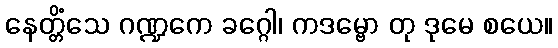
နေတ္တိံသေ ဂဏ္ဍကေ ခဂ္ဂေါ၊ ကဒမ္ဗော တု ဒုမေ စယေ။